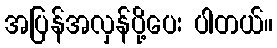
အပြန်အလှန်ပို့ပေး ပါတယ်။